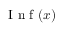
\ensuremath { \mathrm { ~ I ~ n ~ f ~ } } ( x )